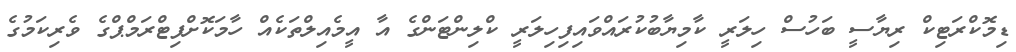
ޑިމޮކްރަޓިކް ރިޔާސީ ބަހުސް ހިލަރީ ކާމިޔާބުކުރައްވައިފިހިލަރީ ކްލިންޓަންގެ އާ އީމެއިލްތަކެއް ހާމަކޮށްފިޓްރަމްޕްގެ ވެރިކަމުގެ